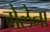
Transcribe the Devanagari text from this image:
गेलेना